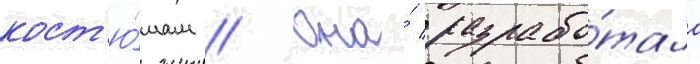
кост'ю́мам // Она́ разрабо́тала